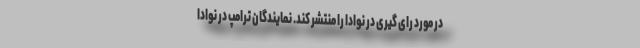
در مورد رای گیری در نوادا را منتشر کند. نمایندگان ترامپ در نوادا